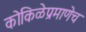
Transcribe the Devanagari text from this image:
कोकिळेप्रमाणेच